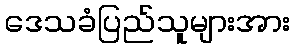
ဒေသခံပြည်သူများအား